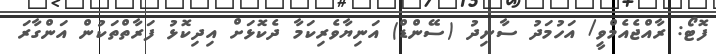
ފޮޓޯ: ރާއްޖެއެމްވީ/ އަހުމަދު ސާނިދު (ސޭންޑް) އަނިޔާވެރިކަމާ ދެކޮޅަށް އިދިކޮޅު ފަރާތްތަކުން އަންގާރަ